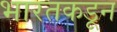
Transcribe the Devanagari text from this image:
भारतकडून